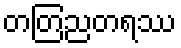
တတြညတရဿ